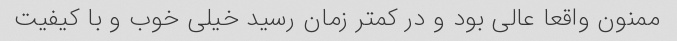
ممنون واقعا عالی بود و در کمتر زمان رسید خیلی خوب و با کیفیت